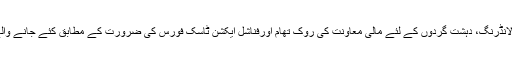
انہوں نے کہاکہ بدعنوانی کے خاتمے، منی لانڈرنگ، دہشت گردوں کے لئے مالی معاونت کی روک تھام اورفناشل ایکشن ٹاسک فورس کی ضرورت کے مطابق کئے جانے والے اقدامات پربھی تفصیلی بات چیت کی گئی۔